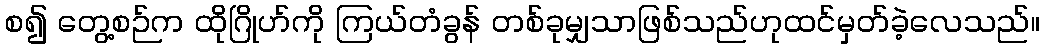
စ၍ တွေ့စဉ်က ထိုဂြိုဟ်ကို ကြယ်တံခွန် တစ်ခုမျှသာဖြစ်သည်ဟုထင်မှတ်ခဲ့လေသည်။